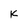
Character: k